Report on horse surra - Volume II, Part II
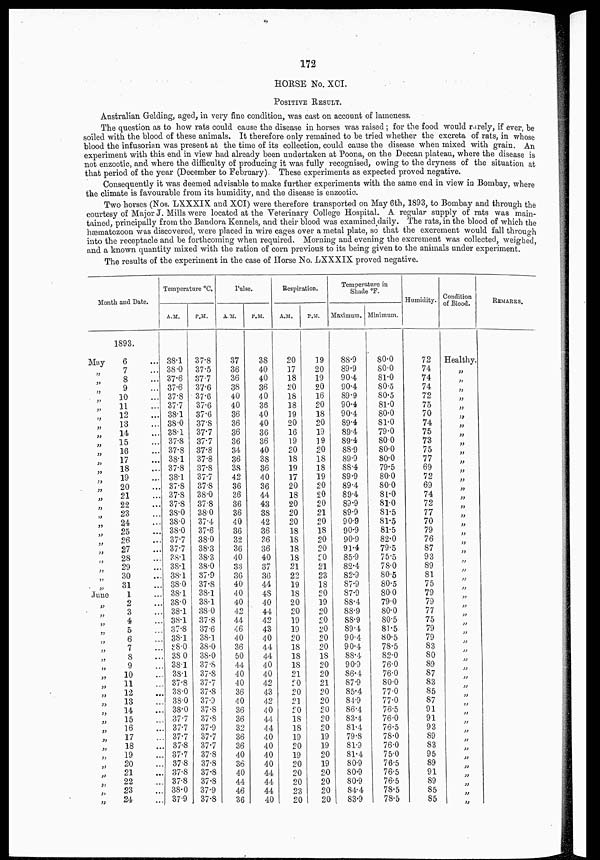
172
HORSE No. XCI.
POSITIVE RESULT.
Australian Gelding, aged, in very fine condition, was cast on account of lameness.
The question as to how rats could cause the disease in horses was raised ; for the food would rarely, if ever, be
soiled with the blood of these animals. It therefore only remained to be tried whether the excreta of rats, in whose
blood the infusorian was present at the time of its collection, could cause the disease when mixed with grain. An
experiment with this end in view had already been undertaken at Poona, on the Deccan plateau, where the disease is
not enzootic, and where the difficulty of producing it was fully recognised, owing to the dryness of the situation at
that period of the year (December to February). These experiments as expected proved negative.
Consequently it was deemed advisable to make further experiments with the same end in view in Bombay, where
the climate is favourable from its humidity, and the disease is enzootic.
Two horses (Nos. LXXXIX and XCI) were therefore transported on May 6th, 1893, to Bombay and through the
courtesy of Major J. Mills were located at the Veterinary College Hospital. A regular supply of rats was main-
tained, principally from the Bandora Kennels, and their blood was examined daily. The rats, in the blood of which the
hæmatozoon was discovered, were placed in wire cages over a metal plate, so that the excrement would fall through
into the receptacle and be forthcoming when required. Morning and evening the excrement was collected, weighed,
and a known quantity mixed with the ration of corn previous to its being given to the animals under experiment.
The results of the experiment in the case of Horse No. LXXXIX proved negative.
Month and Date.
May
„
„
„
„
„
„
„
„
„
„
„
„
„
„
„
„
„
„
„
„
„
„
„
„
„
June
„
„
„
„
„
„
„
„
„
„
„
„
„
„
„
„
„
„
„
„
„
1893.
6
7
8
9
10
11
12
13
14
15
16
17
18
19
20
21
22
23
24
25
26
27
28
29
30
31
1
2
3
4
5
6
7
8
9
10
11
12
13
14
15
16
17
18
19
20
21
22
23
24
Temperature °C.
A.M.
38.1
38.0
37.6
37.6
37.8
37.7
38.1
38.0
38.1
37.8
37.8
38.1
37.8
38.1
37.8
37.8
37.8
38.0
38.0
38.0
37.7
37.7
38.1
38.1
38.1
38.0
38.1
38.0
38.1
38.1
37.8
38.1
38.0
38.0
38.1
38.1
37.8
38.0
38.0
38.0
37.7
37.7
37.7
37.8
37.7
37.8
37.8
37.8
38.0
37.9
P.M.
37.8
37.5
37.7
37.6
37.6
37.6
37.6
37.8
37.7
37.7
37.8
37.8
37.8
37.7
37.8
38.0
37.8
38.0
37.4
37.6
38.0
38.3
38.3
38.0
37.9
37.8
38.1
38.1
38.0
37.8
37.6
38.1
38.0
38.0
37.8
37.8
37.7
37.8
37.9
37.8
37.8
37.9
37.7
37.7
37.8
37.8
37.8
37.8
37.9
37.8
Pulse.
A.M.
37
36
36
38
40
40
36
36
36
36
34
36
38
42
36
36
36
36
40
36
32
36
40
33
36
40
40
40
42
44
46
40
36
50
44
40
40
36
40
36
36
32
36
36
40
36
40
44
46
36
P.M.
38
40
40
36
40
36
40
40
36
36
40
38
36
40
36
44
43
38
42
36
36
36
40
37
36
44
48
40
44
42
43
40
44
44
40
40
42
43
42
40
44
44
40
40
40
40
44
44
44
40
Respiration.
A.M.
20
17
18
20
18
18
19
20
16
19
20
18
19
17
20
18
20
20
20
18
18
18
18
21
22
19
18
20
20
19
19
20
18
18
18
21
20
20
21
20
18
18
19
20
19
20
20
20
23
20
P.M.
19
20
19
20
16
20
18
20
19
19
20
18
18
19
20
20
20
21
20
18
20
20
20
21
23
18
20
19
20
20
20
20
20
18
20
20
21
20
20
20
20
20
19
19
20
19
20
20
20
20
Temperature in
Shade °F.
Maximum.
88.9
89.9
90.4
90.4
89.9
90.4
90.4
89.4
89.4
89.4
88.9
89.9
88.4
89.9
89.4
89.4
89.9
89.9
90.9
90.9
90.9
91.4
85.9
82.4
82.9
87.9
87.9
88.4
88.9
88.9
89.4
90.4
90.4
88.4
90.9
86.4
87.9
85.4
84.9
86.4
83.4
81.4
79.8
81.9
81.4
80.9
80.9
80.9
84.4
83.9
Minimum.
80.0
80.0
81.0
80.5
80.5
81.0
80.0
81.0
79.0
80.0
80.0
80.0
79.5
80.0
80.0
81.0
81.0
81.5
81.5
81.5
82.0
79.5
75.5
78.0
80.5
80.5
80.0
79.0
80.0
80.5
81.5
80.5
78.5
82.0
76.0
76.0
80.0
77.0
77.0
76.5
76.0
76.5
78.0
76.0
75.0
76.5
76.5
76.5
78.5
78.5
Humidity.
72
74
74
74
72
75
70
74
75
73
75
77
69
72
69
74
72
77
70
79
76
87
93
89
81
75
79
79
77
75
79
79
83
80
89
87
83
85
87
91
91
93
89
83
95
89
91
89
85
85
Condition
of Blood.
Healthy.
„
„
„
„
„
„
„
„
„
„
„
„
„
„
„
„
„
„
„
„
„
„
„
„
„
„
„
„
„
„
„
„
„
„
„
„
„
„
„
„
„
„
„
„
„
„
„
„
„
REMARKS.